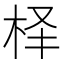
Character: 𰗛